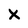
Character: x